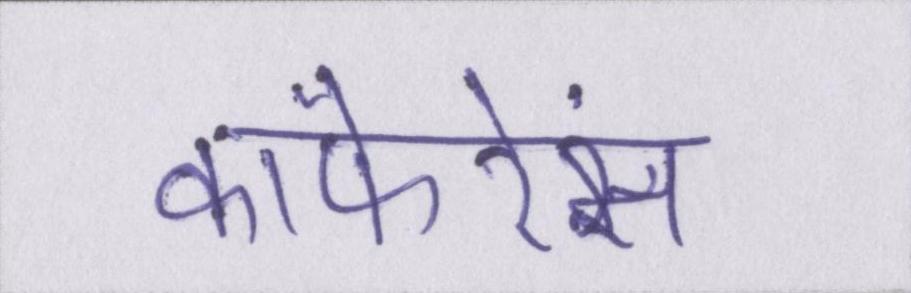
कांफेरेंस